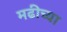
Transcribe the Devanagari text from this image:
मढीच्या